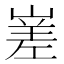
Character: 嵳